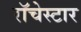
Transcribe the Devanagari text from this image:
रॉचेस्टार